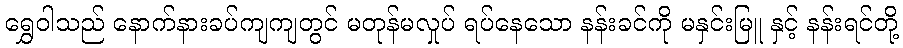
ရွှေဝါသည် နောက်နားခပ်ကျကျတွင် မတုန်မလှုပ် ရပ်နေသော နန်းခင်ကို မနှင်းမြူ နှင့် နန်းရင်တို့